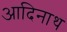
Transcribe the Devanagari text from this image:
आदिनाथ्‍ा